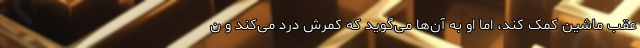
عقب ماشین کمک کند، اما او به آن‌ها می‌گوید که کمرش درد می‌کند و ن